Vaccine operations Central Provinces 1868-1885 - 1868-1885
Year: 1868
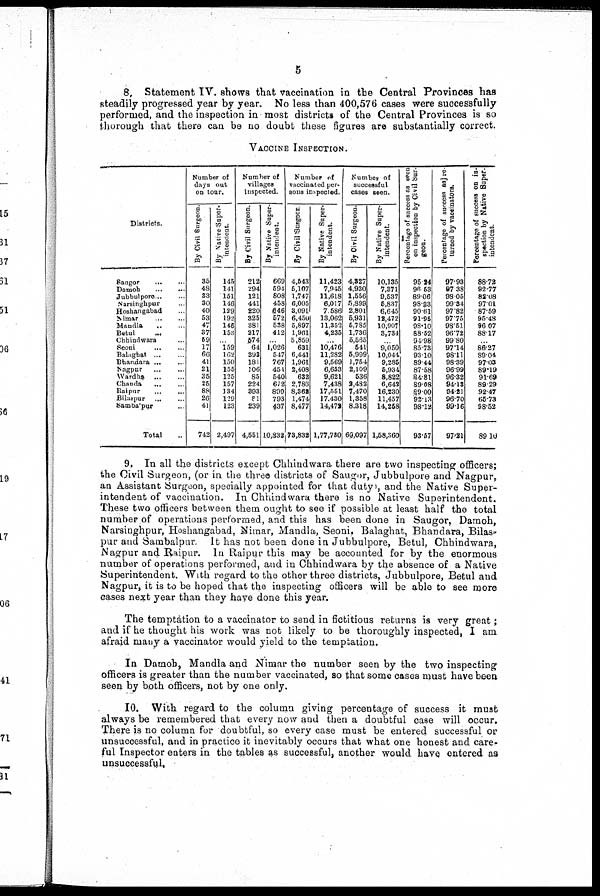
5
8. Statement IV. shows that vaccination in the Central Provinces has
steadily progressed year by year. No less than 400,576 cases were successfully
performed, and the inspection in most districts of the Central Provinces is so
thorough that there can be no doubt these figures are substantially correct.
VACCINE INSPECTION.
Districts.
Saugor...
...
Damoh...
...
Jubbulpore...
...
Narsinghpur... ...
Hoshangabad... ...
Nimar...
...
Mandla...
...
Betul... ... ...
Chhindwara... ...
Seoni... ...
Balghat...
...
Bhandara...
...
Nagpur... ...
Wardha...
...
Chauda... ...
Raipur... ...
Bilaspur... ...
Sambalpur... ...
Total
Number of
days out
on tour.
By Civil Surgeon.
35
48
33
30
40
53
47
37
59
17
66
41
21
35
25
88
26
41
742
By Native Super.
itendent.
145
141
151
146
129
192
146
153
...
159
162
150
155
125
157
134
129
123
2,497
Number of
villages
inspected.
By Civil Surgeon.
212
294
121
441
220
325
381
217
574
64
393
181
106
85
224
393
81
239
4,551
By Native Super-
intendent.
669
591
808
458
646
572
538
412
...
1,026
547
767
454
540
672
899
793
437
10,832
Number of
vaccinated per-
sons inspected.
By Civil Surgeon.
4,543
5,107
1,747
6,005
3,091
6,450
5,897
1,961
5,859
631
6,441
1,961
2,408
632
2,786
8,368
1,474
8,477
73,832
By Native Super.
intendent.
11,423
7,945
11,618
6,017
7,586
13,062
11,352
4,235
...
10,476
11,282
9,569
6,653
9,621
7,438
17,551
17,430
14,478
1,77,780
Number of
successful
cases seen.
By Civil Surgeon.
4,327
4,930
1,556
5,899
2,801
5,931
5,785
1,736
5,565
541
5,999
1,754
2,109
536
2,482
7,470
1,358
8,318
60,097
By Native Super-
intendent.
10,135
7,371
9,537
5,837
6,645
12,472
10,907
3,734
...
9,050
10,044
9,285
5,934
8,822
6,642
16,230
11,457
14,258
1,58,360
Percentage of success as seen
on inspection by Civil sur-
geon.
95.24
96.53
89.06
98.23
90.61
91.95
98.10
88.52
91.98
85.73
93.10
89.44
87.58
84.81
89.08
89.00
92.13
98.12
93.57
Percentage of success as re-
turned by vaccinators.
97.93
97.38
98.05
99.34
97.82
97.75
98.51
96.72
99.80
97.14
98.11
98.39
96.99
96.32
94.13
94.21
96.70
99.16
97.21
Percentage of success on in.
spection by Native Super.
intendent.
88.72
92.77
82.08
97.01
87.59
95.48
96.07
88.17
...
86.27
89.04
97.03
89.19
91.69
89.29
92.47
65.73
98.52
89.10
9. In all the districts except Chhindwara there are two inspecting officers;
the Civil Surgeon, (or in the three districts of Saugor, Jubbulpore and Nagpur,
an Assistant Surgeon, specially appointed for that duty), and the Native Super-
intendent of vaccination. In Chhindwara there is no Native Superintendent.
These two officers between them ought to see if possible at least half the total
number of operations performed, and this has been done in Saugor, Damoh,
Narsinghpur, Hoshangabad, Nimar, Mandla, Seoni, Balaghat, Bhandara, Bilas
pur and Sambalpur. It has not been done in Jubbulpore, Betul, Chhindwara,
Nagpur and Raipur. In Raipur this may be accounted for by the enormous
number of operations performed, and in Chhindwara by the absence of a Native
Superintendent. With regard to the other three districts, Jubbulpore, Betul and
Nagpur, it is to be hoped that the inspecting officers will be able to see more
cases next year than they have done this year.
The temptation to a vaccinator to send in fictitious returns is very great;
and if he thought his work was not likely to be thoroughly inspected, I am
afraid many a vaccinator would yield to the temptation.
In Damoh, Mandla and Nimar the number seen by the two inspecting
officers is greater than the number vaccinated, so that some cases must have been
seen by both officers, not by one only.
10. With regard to the column giving percentage of success it must
always be remembered that every now and then a doubtful case will occur.
There is no column for doubtful, so every case must be entered successful or
unsuccessful, and in practice it inevitably occurs that what one honest and care-
ful Inspector enters in the tables as successful, another would have entered as
unsuccessful.